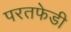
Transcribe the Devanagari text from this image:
परतफेडी